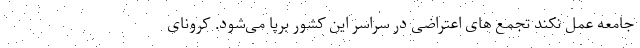
جامعه عمل نکند تجمع های اعتراضی در سراسر این کشور برپا می‌شود. کرونای